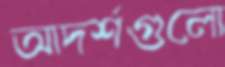
আদর্শগুলো